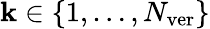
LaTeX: \mathbf{k}\in\left\lbrace1,\dots,N_{\mathrm{{ver}}}\right\rbrace